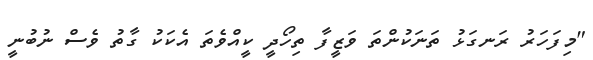
"މިފަހަރު ރަނގަޅު ތަނަކުންތަ ވަޒީފާ ތިހޯދީ ކީއްވެތަ އެކަކު ގާތު ވެސް ނުބުނީ